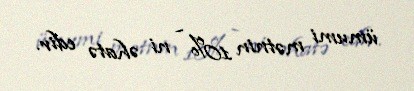
ümumi mətnin 10% - ni əhatə edir.